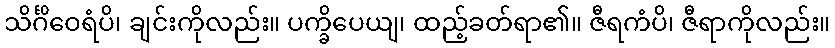
သိင်္ဂိဝေရံပိ၊ ချင်းကိုလည်း။ ပက္ခိပေယျ၊ ထည့်ခတ်ရာ၏။ ဇီရကံပိ၊ ဇီရာကိုလည်း။